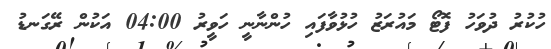
ހުކުރު ދުވަހު ފޮޓޯ މައުރަޒު ހުޅުވާފައި ހުންނާނީ ހަވީރު 04:00 އަކުން ރޭގަނޑު